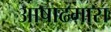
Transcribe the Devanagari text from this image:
आषाढमास